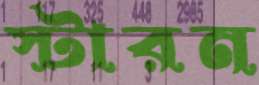
স্টারন